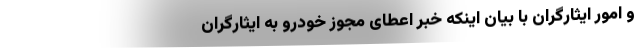
و امور ایثارگران با بیان اینکه خبر اعطای مجوز خودرو به ایثارگران